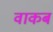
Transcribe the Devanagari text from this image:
वाकब